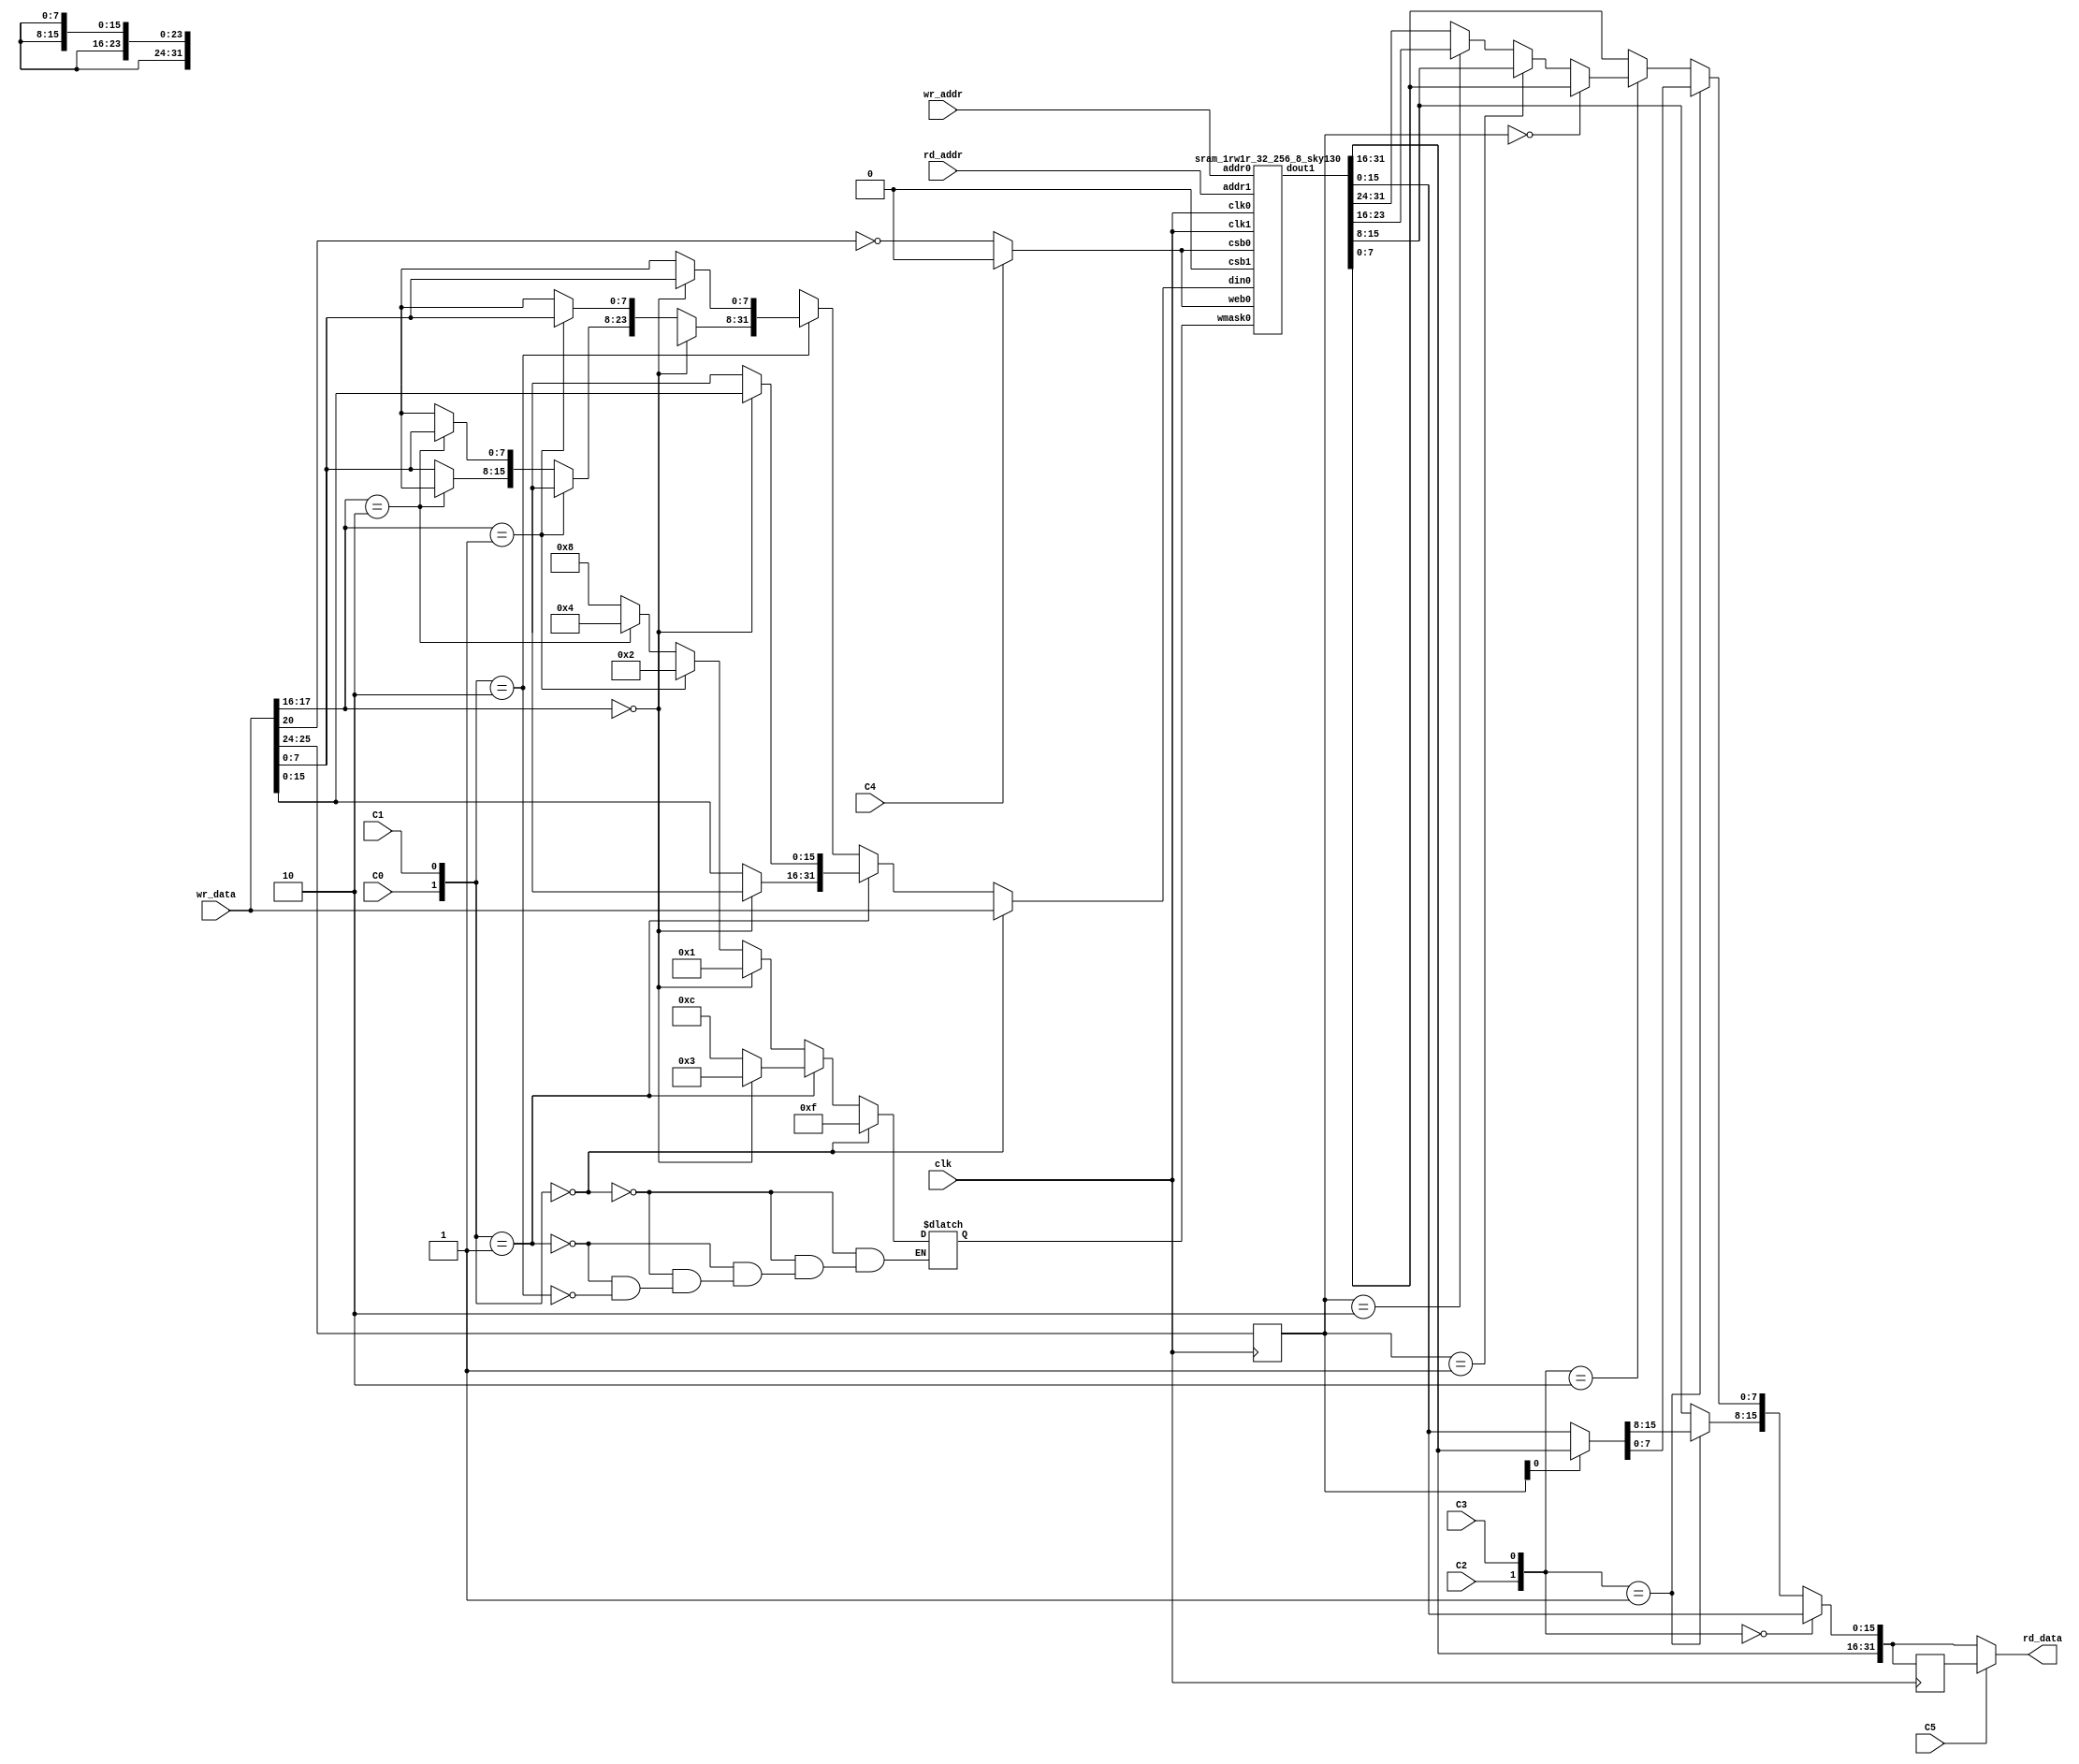
module BlockRAM_1KB (clk, rd_addr, rd_data, wr_addr, wr_data, C0, C1, C2, C3, C4, C5);

	parameter READ_ADDRESS_MSB_FROM_DATALSB = 24; //default 24 means bits wr_data[25:24] will become bits [9:8] of read address
	parameter WRITE_ADDRESS_MSB_FROM_DATALSB = 16; //default 16 means bits wr_data[17:16] will become bits [9:8] of write address
	parameter WRITE_ENABLE_FROM_DATA = 20; //default 20 means bit wr_data[20] will become the dynamic writeEnable input
    input clk;
    input [7:0] rd_addr;
    output [31:0] rd_data;
    
    input [7:0] wr_addr;
    input [31:0] wr_data;
    
    input C0;//naming of these doesnt really matter
    input C1;// C0,C1 select write port width
    input C2;// C2,C3 select read port width
    input C3;
    input C4;//C4 selects the alwaysWriteEnable
    input C5; //C5 selects register bypass
      // NOTE, the read enable is currently constantly ON
      // NOTE, the R/W port on the standard cell is used only in write mode
      // NOTE, enable ports on the primitive RAM are active lows
    wire [1:0] rd_port_configuration;
    wire [1:0] wr_port_configuration;
    wire optional_register_enabled_configuration;
	wire alwaysWriteEnable;
    assign wr_port_configuration = {C0, C1};
    assign rd_port_configuration = {C2, C3};
	assign alwaysWriteEnable = C4;
    assign optional_register_enabled_configuration = C5;
    
    reg memWriteEnable;
    always @ (*) begin // write enable
		if(alwaysWriteEnable) begin
			memWriteEnable = 0; // This RAM primitive is active low.
		end else begin
			memWriteEnable = (!(wr_data[WRITE_ENABLE_FROM_DATA])); // inverting the bit to make it active-high
		end
    end
    reg [3:0] mem_wr_mask;
    reg [31:0] muxedDataIn;
	
	wire [1:0] wr_addr_topbits; 
	assign wr_addr_topbits = wr_data[WRITE_ADDRESS_MSB_FROM_DATALSB+1:WRITE_ADDRESS_MSB_FROM_DATALSB];
    always @ (*) begin //write port config -> mask + write data multiplex
		muxedDataIn = 32'dx;
        if(wr_port_configuration == 0) begin
            mem_wr_mask = 4'b1111;
			muxedDataIn = wr_data;
        end else if(wr_port_configuration == 1) begin
            if(wr_addr_topbits == 0) begin
                mem_wr_mask = 4'b0011;
				muxedDataIn[15:0] = wr_data[15:0];
            end else begin
                mem_wr_mask = 4'b1100;
				muxedDataIn[31:16] = wr_data[15:0];
            end
        end else if(wr_port_configuration == 2) begin
            if(wr_addr_topbits == 0) begin
                mem_wr_mask = 4'b0001;
				muxedDataIn[7:0] = wr_data[7:0];
            end else if(wr_addr_topbits == 1) begin
                mem_wr_mask = 4'b0010;
				muxedDataIn[15:8] = wr_data[7:0];
            end else if(wr_addr_topbits == 2) begin
                mem_wr_mask = 4'b0100;
				muxedDataIn[23:16] = wr_data[7:0];
            end else begin
                mem_wr_mask = 4'b1000;
				muxedDataIn[31:24] = wr_data[7:0];
            end
        end
    end
    wire [31:0] mem_dout;
    sram_1rw1r_32_256_8_sky130 memory_cell(                             //dout0 is unused
    .clk0(clk),.csb0(memWriteEnable),.web0(memWriteEnable),.wmask0(mem_wr_mask),.addr0(wr_addr[7:0]),.din0(muxedDataIn),//.dout0(),
    .clk1(clk),.csb1(1'b0),.addr1(rd_addr[7:0]),.dout1(mem_dout)
    );
    reg [1:0] rd_dout_sel;
    always @ (posedge clk) begin
        rd_dout_sel <= wr_data[READ_ADDRESS_MSB_FROM_DATALSB+1:READ_ADDRESS_MSB_FROM_DATALSB];
    end
    reg [31:0] rd_dout_muxed;
    always @ (*) begin
        rd_dout_muxed[31:0] = mem_dout[31:0]; // a default value. Could be 32'dx if tools support it for logic saving!
        if(rd_port_configuration == 0) begin
            rd_dout_muxed[31:0] = mem_dout[31:0];
        end else if(rd_port_configuration == 1) begin
            if(rd_dout_sel[0] == 0) begin
                rd_dout_muxed[15:0] = mem_dout[15:0];
            end else begin
                rd_dout_muxed[15:0] = mem_dout[31:16];
            end
        end else if(rd_port_configuration == 2) begin
            if(rd_dout_sel == 0) begin
                rd_dout_muxed[7:0] = mem_dout[7:0];
            end else if(rd_dout_sel == 1) begin
                rd_dout_muxed[7:0] = mem_dout[15:8];
            end else if(rd_dout_sel == 2) begin
                rd_dout_muxed[7:0] = mem_dout[23:16];
            end else begin
                rd_dout_muxed[7:0] = mem_dout[31:24];
            end
        end
    end
    reg [31:0] rd_dout_additional_register;
    always @ (posedge clk) begin
        rd_dout_additional_register <= rd_dout_muxed;
    end
    reg [31:0] final_dout;
    assign rd_data = final_dout;
    always @ (*) begin
        if(optional_register_enabled_configuration) begin
            final_dout = rd_dout_additional_register;
        end else begin
            final_dout = rd_dout_muxed;
        end
    end
endmodule


(* blackbox *)
module sram_1rw1r_32_256_8_sky130(
//`ifdef USE_POWER_PINS
//	vdd,
//	gnd,
//`endif
// Port 0: RW
    clk0,csb0,web0,wmask0,addr0,din0,dout0,
// Port 1: R
    clk1,csb1,addr1,dout1
  );

  parameter NUM_WMASKS = 4 ;
  parameter DATA_WIDTH = 32 ;
  parameter ADDR_WIDTH = 8 ;
  parameter RAM_DEPTH = 1 << ADDR_WIDTH;
  // FIXME: This delay is arbitrary.
  parameter DELAY = 3 ;
//`ifdef USE_POWER_PINS
 // inout vdd;
 // inout gnd;
//`endif
  input  clk0; // clock
  input   csb0; // active low chip select
  input  web0; // active low write control
  input [NUM_WMASKS-1:0]   wmask0; // write mask
  input [ADDR_WIDTH-1:0]  addr0;
  input [DATA_WIDTH-1:0]  din0;
  output [DATA_WIDTH-1:0] dout0;
  input  clk1; // clock
  input   csb1; // active low chip select
  input [ADDR_WIDTH-1:0]  addr1;
  output [DATA_WIDTH-1:0] dout1;
endmodule